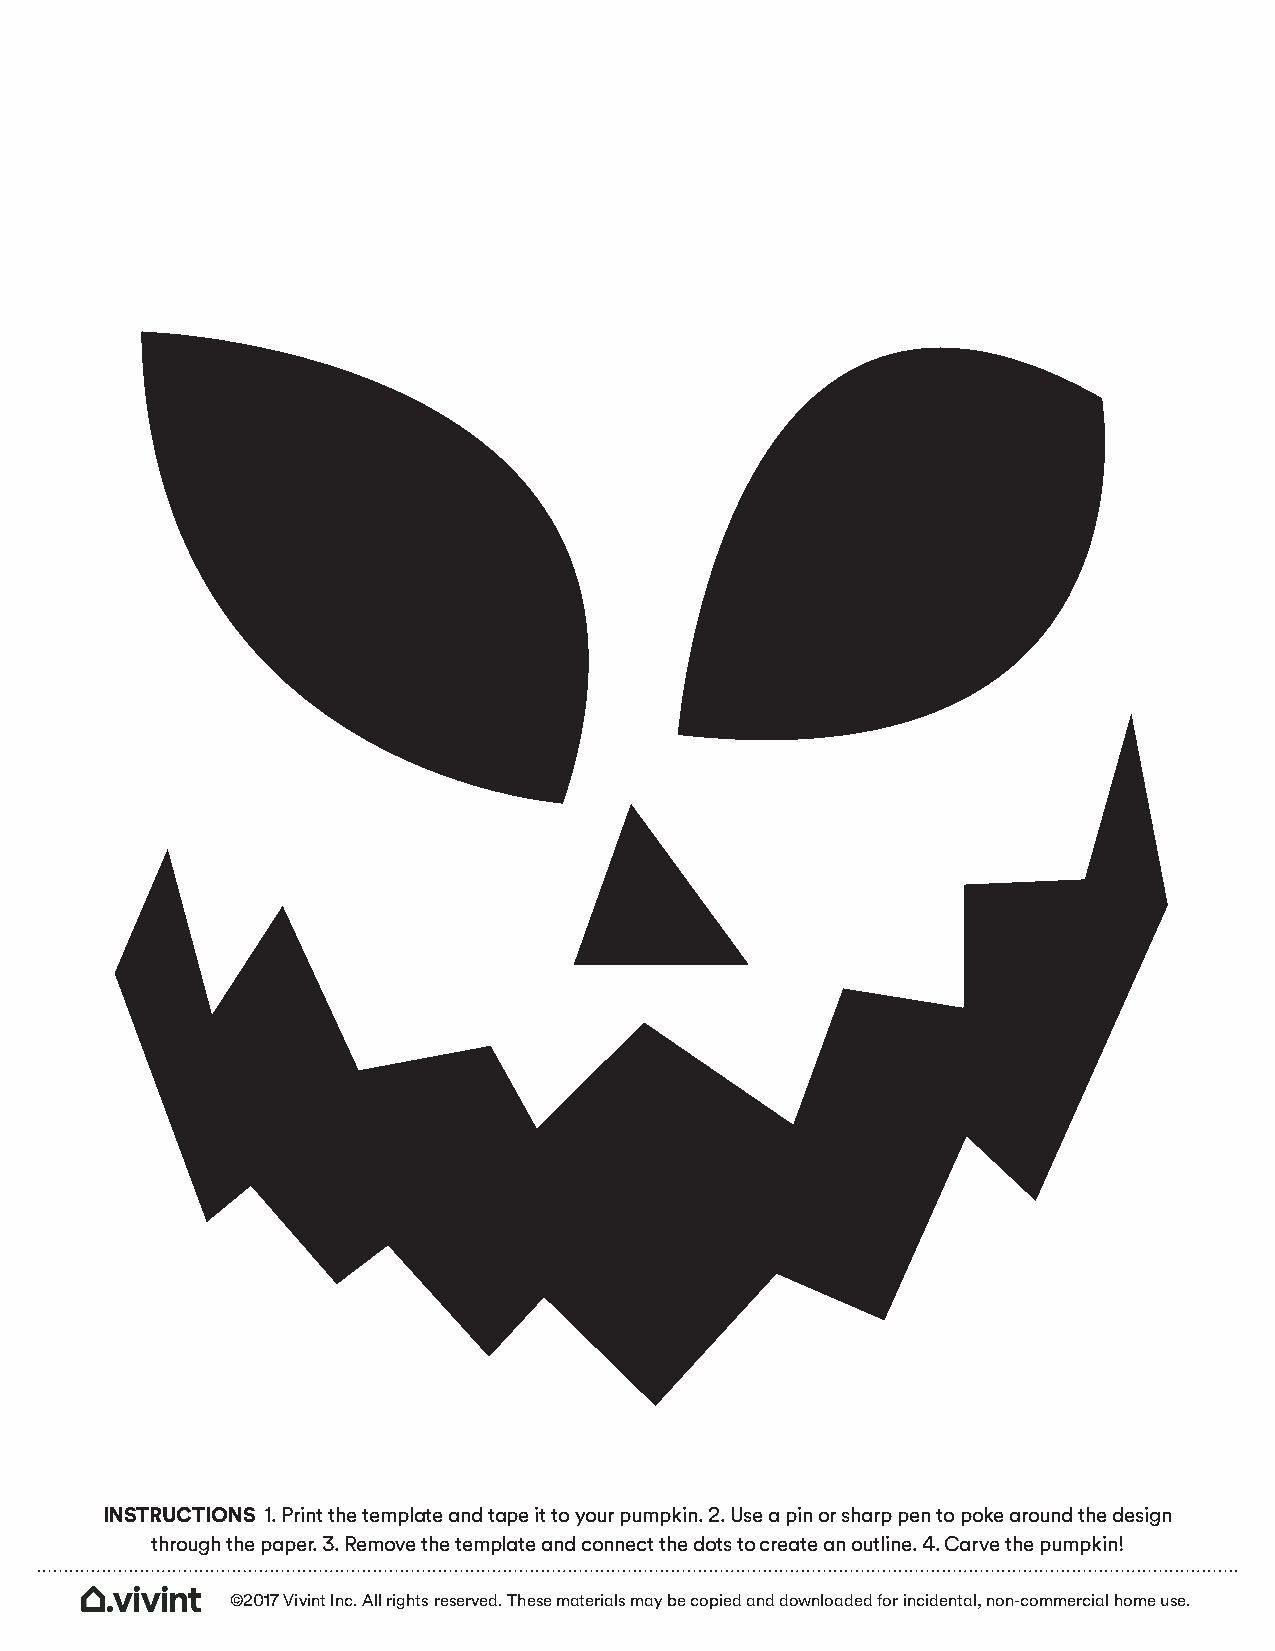
INSTRUCTIONS 1. Print the template and tape it to your pumpkin. 2. Use a pin or sharp pen to poke around the design
 through the paper. 3. Remove the template and connect the dots to create an outline. 4. Carve the pumpkin!
 ©2017 Vivint Inc. All rights reserved. These materials may be copied and downloaded for incidental, non-commercial home use.